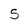
Character: 5